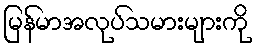
မြန်မာအလုပ်သမားများကို